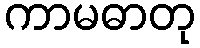
ကာမဓာတု